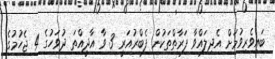
ބައިވެރިވުމަށް އެދިލައްވާ ފަރާތްތަކުން ފެބްރުއަރީ 3 ވާ އާދީއްތަ ދުވަހުގެ 4 ޖެހުމުގެ